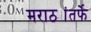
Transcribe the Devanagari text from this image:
मराठ्यांतर्फे